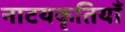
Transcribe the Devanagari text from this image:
नाटयकृतियाँ